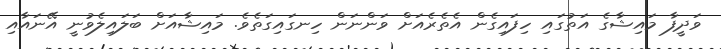
ވަދީފާ މައިޝާގެ އަތުގައި ހިފައިގެން އެތެރެއަށް ވަންނަން ހިނގައިގަތެވެ. މައިޝާއަށް ބަލައިލެވުނީ އޭނައާއި